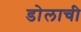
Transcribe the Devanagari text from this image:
डोलाची